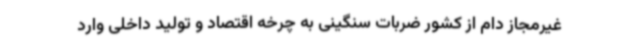
غیرمجاز دام از کشور ضربات سنگینی به چرخه اقتصاد و تولید داخلی وارد